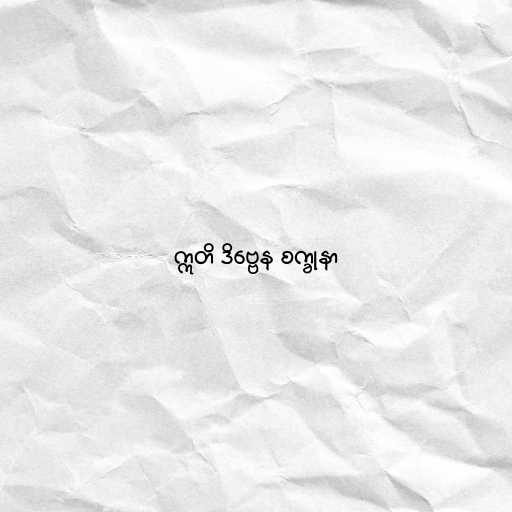
ဣတိ ဒိဗ္ဗေန စက္ခုနာ